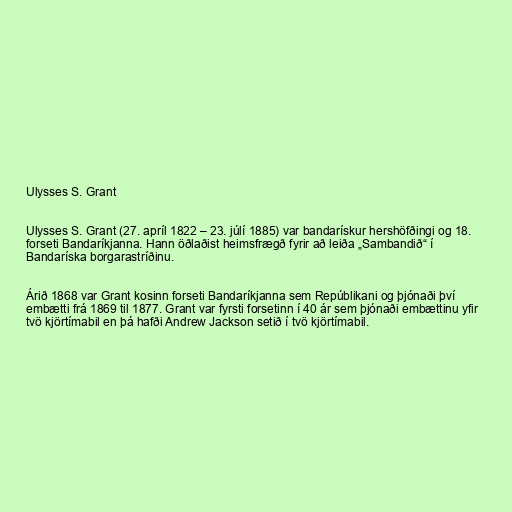
Ulysses S. Grant

Ulysses S. Grant (27. apríl 1822 – 23. júlí 1885) var bandarískur hershöfðingi og 18.
forseti Bandaríkjanna. Hann öðlaðist heimsfrægð fyrir að leiða „Sambandið“ í
Bandaríska borgarastríðinu.

Árið 1868 var Grant kosinn forseti Bandaríkjanna sem Repúblikani og þjónaði því
embætti frá 1869 til 1877. Grant var fyrsti forsetinn í 40 ár sem þjónaði embættinu yfir
tvö kjörtímabil en þá hafði Andrew Jackson setið í tvö kjörtímabil.